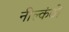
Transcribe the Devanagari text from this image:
नील्कंठो